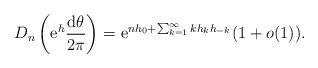
LaTeX: \begin{align*} D_n\left({\rm e}^h \frac{{\rm d}\theta}{2 \pi}\right)= {\rm e}^{n h_0+ \sum_{k=1}^\infty k h_k h_{-k}} (1+o(1)).\end{align*}